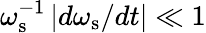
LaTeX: \omega_{\mathrm{s}}^{-1}\left|d\omega_{\mathrm{s}}/dt\right|\ll 1